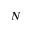
N